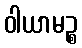
ဝါယာမဉ္စ